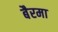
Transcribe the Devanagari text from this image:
बैरमा